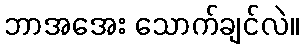
ဘာအအေး သောက်ချင်လဲ။